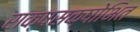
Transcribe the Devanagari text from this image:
राक्षसक्षोभित